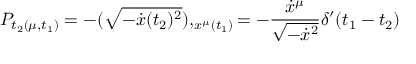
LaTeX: P _ { t _ { 2 } ( \mu , t _ { 1 } ) } = - ( \sqrt { - \dot { x } ( t _ { 2 } ) ^ { 2 } } ) , _ { x ^ { \mu } ( t _ { 1 } ) } = - { \frac { \dot { x } ^ { \mu } } { \sqrt { - \dot { x } ^ { 2 } } } } \delta ^ { \prime } ( t _ { 1 } - t _ { 2 } )